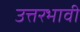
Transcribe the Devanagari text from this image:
उत्तरभावी